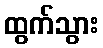
ထွက်သွား